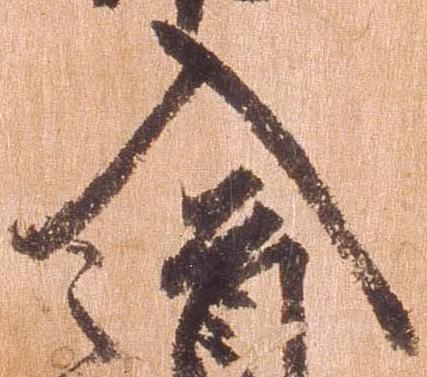
入